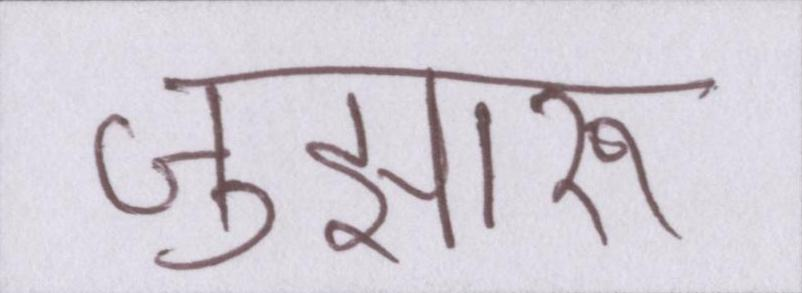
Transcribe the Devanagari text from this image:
जुझारू